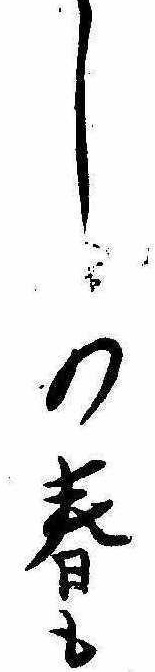
しの春も